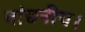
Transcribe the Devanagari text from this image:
वांछनीय।